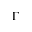
\Gamma